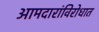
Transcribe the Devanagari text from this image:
आमदारांविरोधात